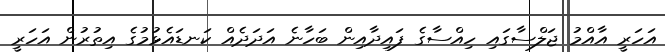
އަހަރީ އާއްމު ޖަލްސާގައި ހިއްސާގެ ފައިދާއިން ބަހާނެ އަދަދެއް ކަނޑައެޅުމުގެ އިތުރުން އަހަރީ